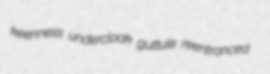
keenness undercloak guttule reentranced